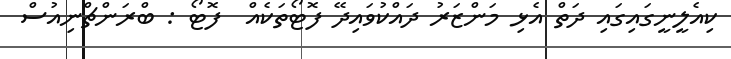
ކިއެލީނީގައިގައި ދަތް އެޅި މަންޒަރު ދައްކުވައިދޭ ފޮޓޯތަކެއް  ފޮޓޯ : ބްރަންޗްނިއުސް